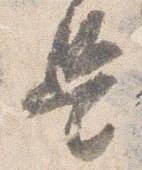
是